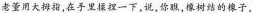
老董用大拇指，在手里揉捏一下，说，你瞧，橡树结的橡子.